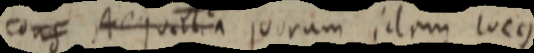
cons Aequalia juoram idam locus